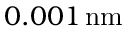
0 . 0 0 1 \, \mathrm { n m }